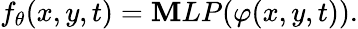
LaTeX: f_{\theta}(x,y,t)=\mathbf{M}LP(\varphi(x,y,t)).